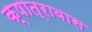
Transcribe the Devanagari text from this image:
क्षात्रावास